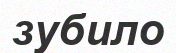
зубило